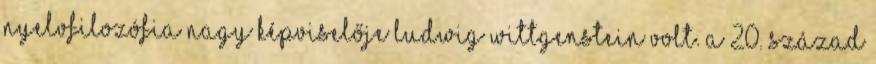
nyelvfilozófia nagy képviselője Ludwig Wittgenstein volt. A 20. század